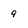
Character: 9